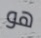
هو